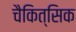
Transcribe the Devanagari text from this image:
चैकित्सिक